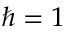
\hbar = 1